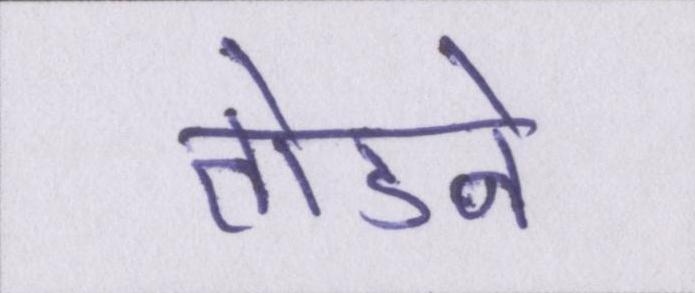
तोडने